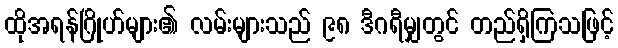
ထိုအရန်ဂြိုဟ်များ၏ လမ်းများသည် ၉၈ ဒီဂရီမျှတွင် တည်ရှိကြသဖြင့်